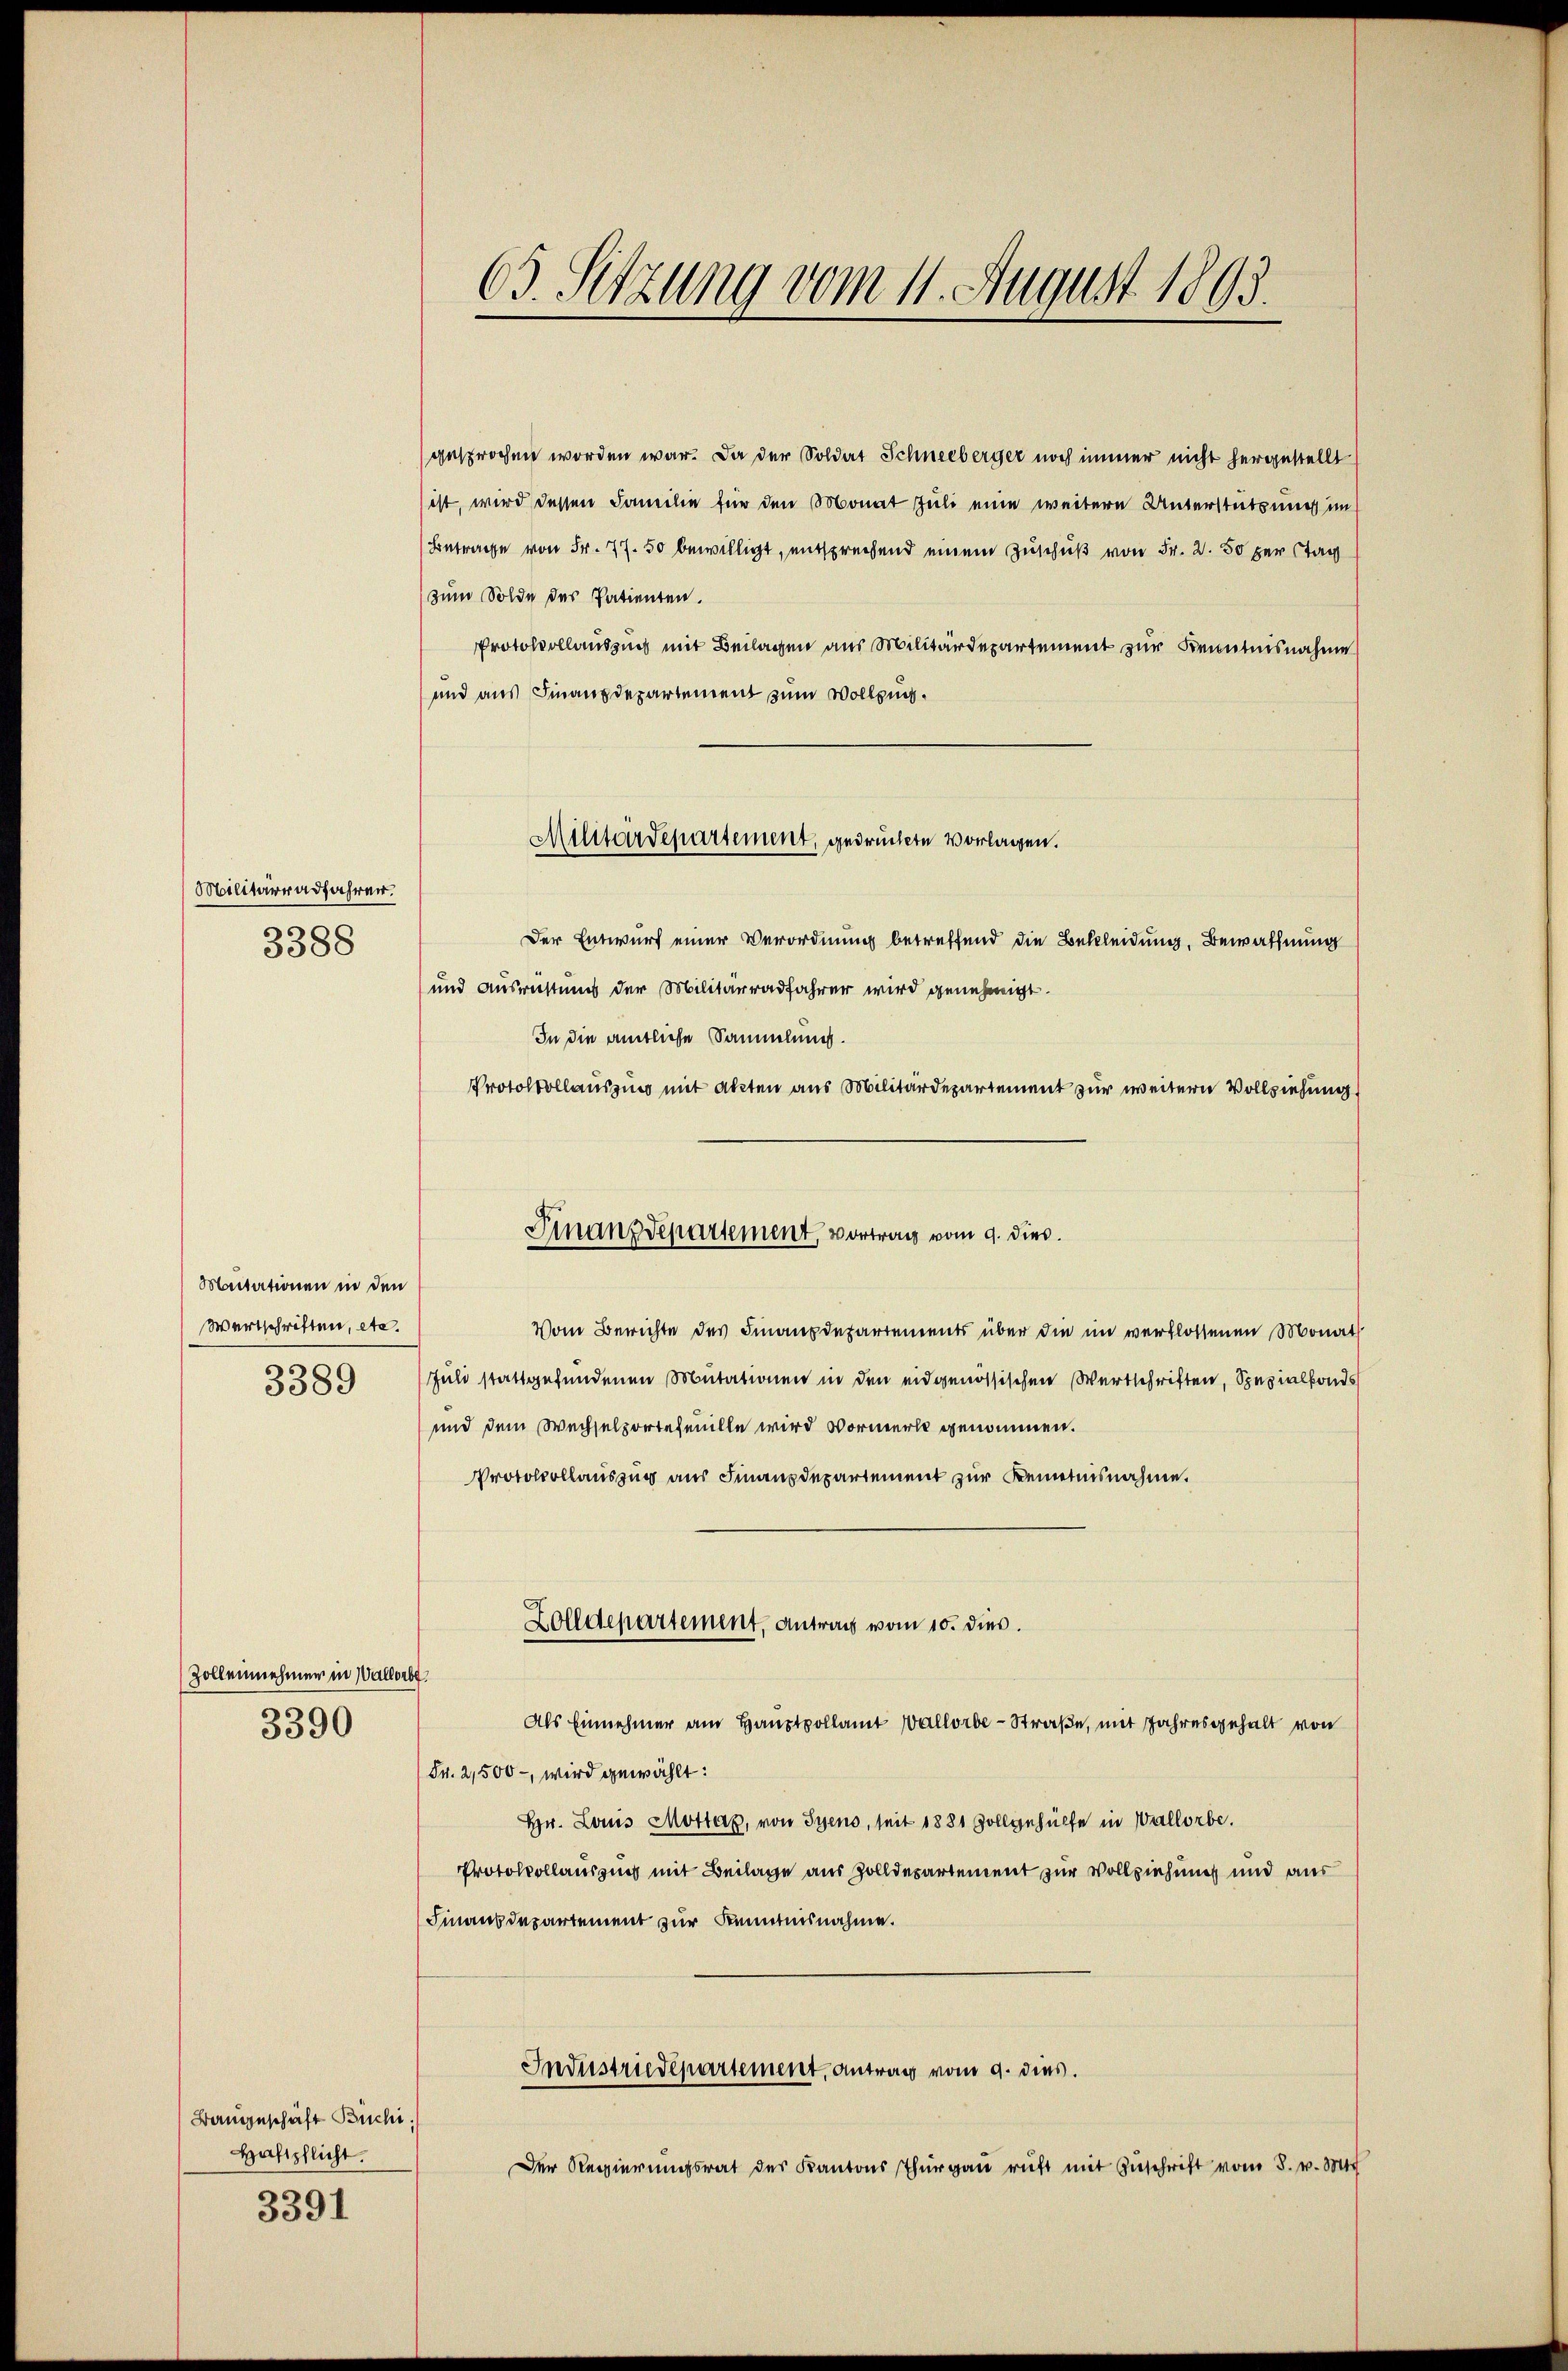
Militärradfahren.
3388

Maitationen in den
Wertschriften, etc.
3389

Zollennehmer in Wallerbe.

3390

Bangeschäft Büchi,
Haltschlicht.

3391

03. Sitzung vom 11. August 1893.

gesprochen worden war. Da der Soldat Schneeberger noch immer nicht hergestellt
ist, wird dessen Familie für den Monat Juli eine weitere Unterstützung im
Betrage von Fr. 77. 50 bewilligt, entsprechend einem Zuschuß von Fr. 2. 50 per Stag
zum Solde des Patienten.
Protokollauszug mit Beilagen aus Militärdepartement zur Kenntnisnahme
und aus Finanzdepartement zum Wolling.
Der Entwurf einer Verordnung betreffend die Bekleidung, Bewaffnung
und Ausrüstung der Militärradfahrer wird genehmigt.
In die amtliche Sammlung.
Protokollauszung mit Akten aus Militärdepartement zur weitern Vollziehung
Vom Berichte des Finanzdepartements über die im verflossenen Monat
Juli stattgefundenen Mutationen in den eidgenössischen Wertschriften, Spezialfonds
und dem Wechselportefanille wird Vormerk genommen.
Protokollauszug aus Finanzdepartement zur Kenntnisnahme.
Zolldepartement, Antrag vom 10. dies
Als Einnehmer am Hauptpollamt Wallorbe-Straße, mit Jahresgehalt von
Fr. 2,500 - wird gewählt:
Hr. Louis Mottag, von Syeno, seit 1881 Zollgehülfe in Wallorbe.
Protokollauszug mit Beilage aus Zolldepartement zur Vollziehung und aus
Finausdepartement zur Kenntnisnahme.
Industriedepartement, antrag vom 9. dies.
Der Regierŭngsrat des Kantons Thŭrgaŭ ruft mit Zŭschrift vom 8. v. M.

Militärdepartement, gedruckte Vorlagen.

Finanzdepartement, vortrag vom 9. dies